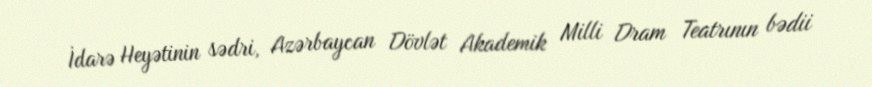
İdarə Heyətinin sədri, Azərbaycan Dövlət Akademik Milli Dram Teatrının bədii